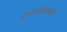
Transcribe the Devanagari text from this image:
केजरीवालनी